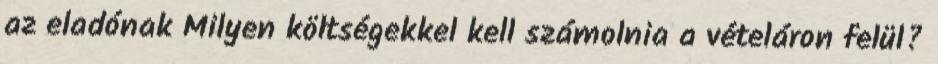
az eladónak Milyen költségekkel kell számolnia a vételáron felül?